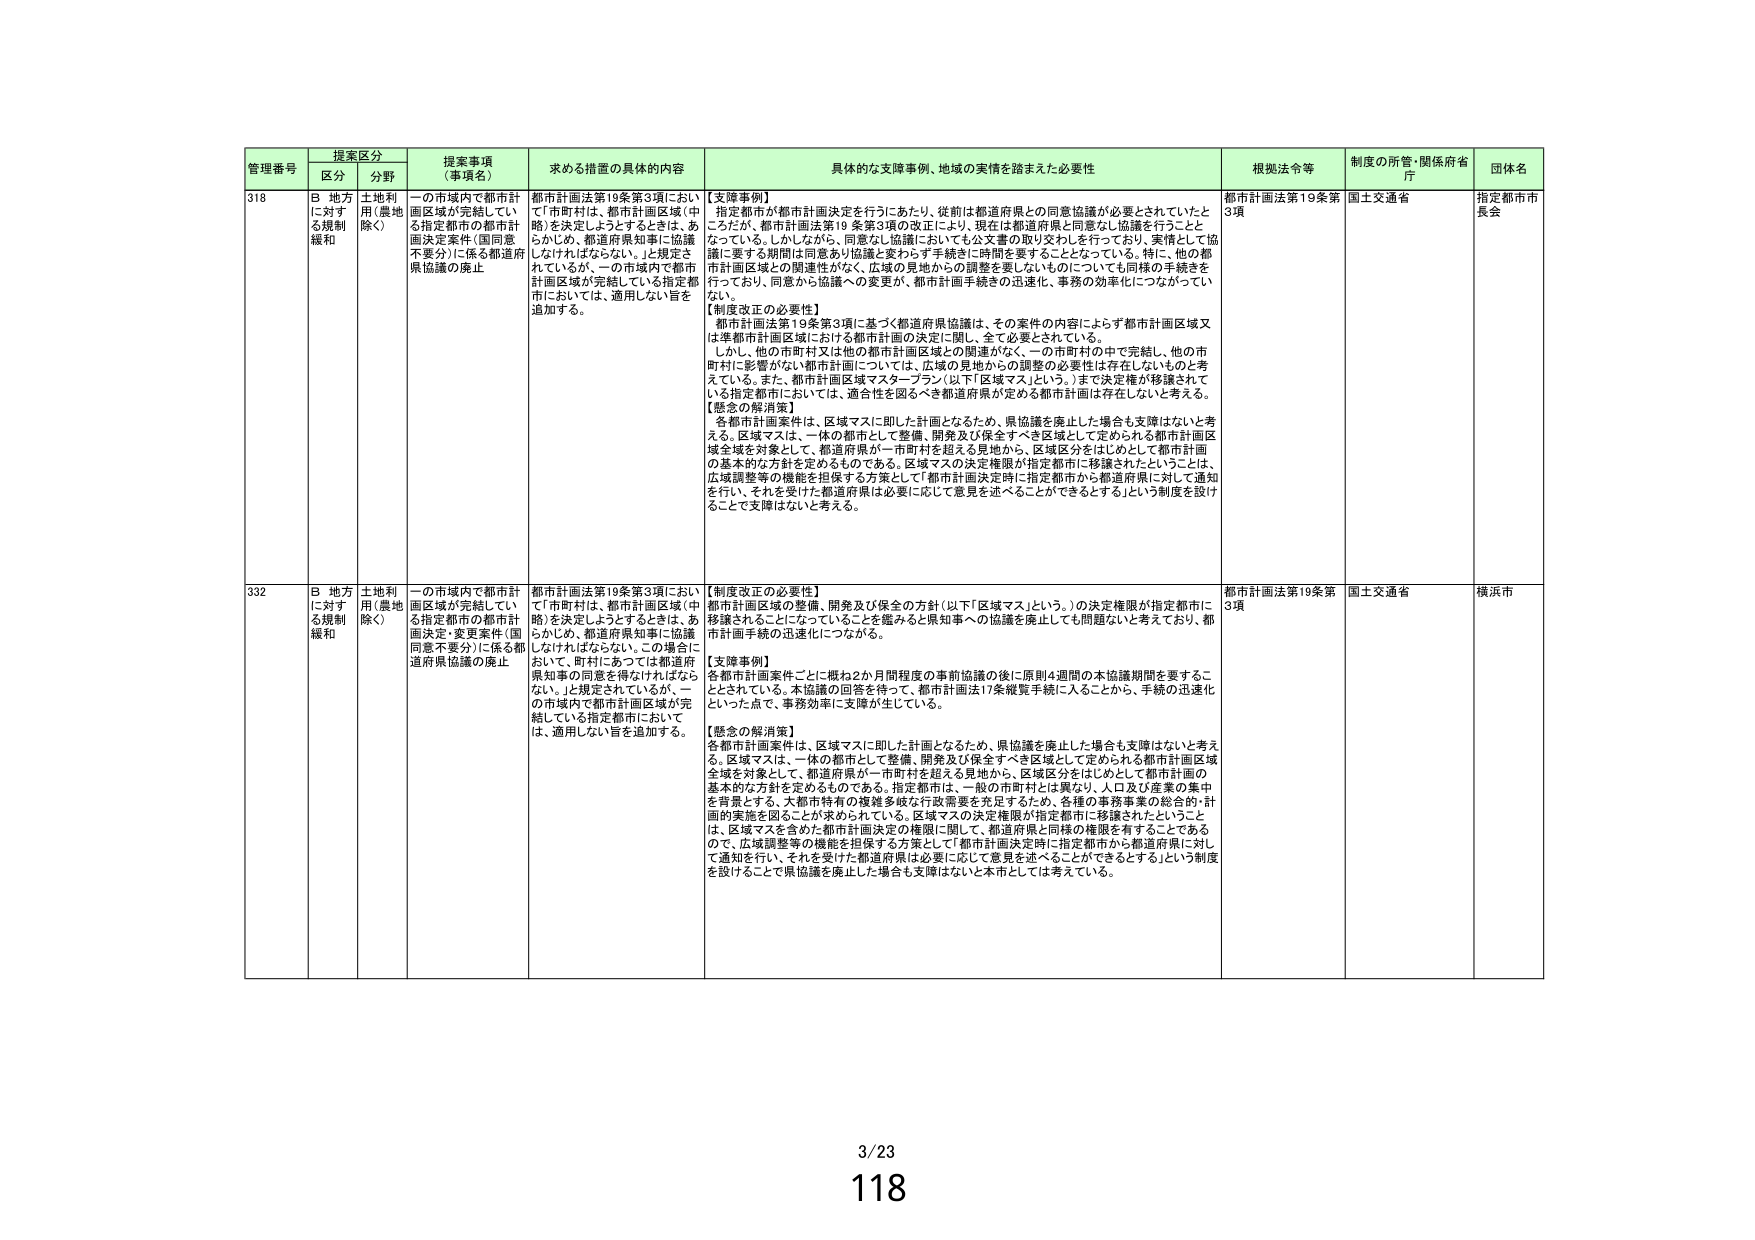
管理番号 提案区分 提案事項（事項名） 求める措置の具体的内容 具体的な支援事例、地域の実情を踏まえた必要性 根拠法令等 制度の所管・関係府省庁 団体名
区分 分野
318 B 地方に対する規制緩和 土地利用（農地除く） 一の市域内で都市計画区域が完結している指定都市の都市計画決定案件（国同意不要分）に係る都道府県協議の廃止 都市計画法第19条第3項において「市町村は、都市計画区域（中略）を決定しようとするときは、あらかじめ、都道府県知事に協議しなければならない。」と規定されているが、一の市域内で都市計画区域が完結している指定都市においては、適用しない旨を追加する。 【支援事例】 指定都市が都市計画決定を行うにあたり、従前は都道府県との同意協議が必要とされていたところだが、都市計画法第19条第3項の改正により、現在は都道府県と同意なし協議を行うこととなっている。しかしながら、同意なし協議においても公文書の取り交わしを行っており、実情として協議に要する期間は同意あり協議と変わらず手続きに時間を要することとなっている。特に、他の都市計画区域との関連性がなく、広域の見地からの調整を要しないものについても同様の手続きを行っており、同意から協議への変更が、都市計画手続きの迅速化、事務の効率化につながっていない。 【制度改正の必要性】 都市計画法第19条第3項に基づく都道府県協議は、その案件の内容によらず都市計画区域又は準都市計画区域における都市計画の決定に関し、全て必要とされている。 しかし、他の市町村又は他の都市計画区域との関連がなく、一の市町村の中で完結し、他の市町村に影響がない都市計画については、広域の見地からの調整の必要性は存在しないものと考えている。また、都市計画区域マスタープラン（以下「区域マス」という。）まで決定権が移譲されている指定都市においては、適合性を図るべき都道府県が定める都市計画は存在しないと考える。 【懸念の解消策】 各都市計画案件は、区域マスに即した計画となるため、県協議を廃止した場合も支障はないと考える。区域マスは、一体の都市として整備、開発及び保全すべき区域として定められる都市計画区域全体を対象として、都道府県が一市町村を超える見地から、区域区分をはじめとして都市計画の基本的な方針を定めるものである。区域マスの決定権限が指定都市に移譲されたということは、広域調整等の機能を担保する方策として「都市計画決定時に指定都市から都道府県に対して通知を行い、それを受けた都道府県は必要に応じて意見を述べることができるとする」という制度を設けることで支障はないと考える。 都市計画法第19条第3項 国土交通省 指定都市市長会
332 B 地方に対する規制緩和 土地利用（農地除く） 一の市域内で都市計画区域が完結している指定都市の都市計画決定（変更案件（国同意不要分））に係る都道府県協議の廃止 都市計画法第19条第3項において「市町村は、都市計画区域（中略）を決定しようとするときは、あらかじめ、都道府県知事に協議しなければならない。この場合において、町村にあっては都道府県知事の同意を得なければならない。」と規定されているが、一の市域内で都市計画区域が完結している指定都市においては、適用しない旨を追加する。 【制度改正の必要性】 都市計画区域の整備、開発及び保全の方針（以下「区域マス」という。）の決定権限が指定都市に移譲されることになっていることを鑑みると県知事への協議を廃止しても問題ないと考えており、都市計画手続の迅速化につながる。 【支援事例】 各都市計画案件ごとに概ね2か月間程度の事前協議の後に原則4週間の本協議期間を要することとされている。本協議の回答を得て、都市計画法17条縦覧手続に入るところから、手続の迅速化といった点で、事務効率に支障が生じている。 【懸念の解消策】 各都市計画案件は、区域マスに即した計画となるため、県協議を廃止した場合も支障はないと考える。区域マスは、一体の都市として整備、開発及び保全すべき区域として定められる都市計画区域全体を対象として、都道府県が一市町村を超える見地から、区域区分をはじめとして都市計画の基本的な方針を定めるものである。指定都市は、一般の市町村とは異なり、人口及び産業の集中を背景とする、大都市特有の複雑多岐な行政需要を充足するため、各種の事務事業の総合的・計画的実施を図ることが求められている。区域マスの決定権限が指定都市に移譲されたということは、区域マスを含めた都市計画決定の権限に関して、都道府県と同様の権限を有することであるので、広域調整等の機能を担保する方策として「都市計画決定時に指定都市から都道府県に対して通知を行い、それを受けた都道府県は必要に応じて意見を述べることができるとする」という制度を設けることで県協議を廃止した場合も支障はないと本市としては考えている。 都市計画法第19条第3項 国土交通省 横浜市
3/23
118